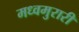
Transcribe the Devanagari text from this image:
मध्वमुरारी